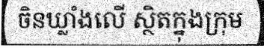
ចិនឃ្លាំងលើ ស្ថិតក្នុងក្រុម